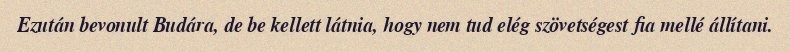
Ezután bevonult Budára, de be kellett látnia, hogy nem tud elég szövetségest fia mellé állítani.